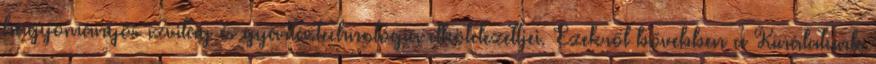
hagyományos ízvilág és gyártástechnológia elkötelezettjei. Ezekről bővebben a Kínálatunk